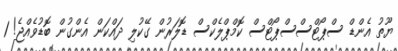
ޔޫތު އެންޑް ސްޕޯޓްސްސްޕޯޓްސް ކޮމްޕްލެކްސް ޑޮލަރުން ގޭކުލި ދައްކަން އެންގުން ބޮޑުވެއްޖެ! 1